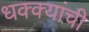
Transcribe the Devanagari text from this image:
धक्क्यांची